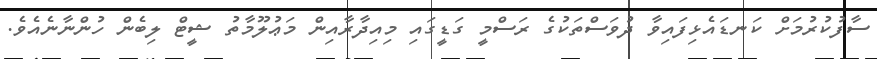
ސާފުކުރުމަށް ކަނޑައެޅިފައިވާ ދުވަސްތަކުގެ ރަސްމީ ގަޑީގައި މިއިދާރާއިން މަޢުލޫމާތު ޝީޓް ލިބެން ހުންނާނެއެވެ.